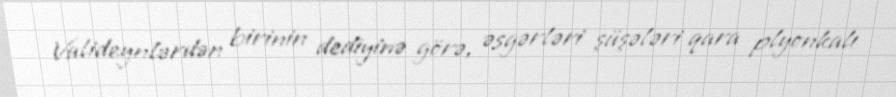
Valideynlərdən birinin dediyinə görə, əsgərləri şüşələri qara plyonkalı